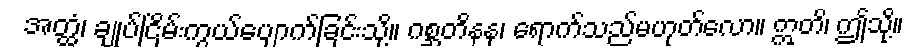
အတ္ထံ၊ ချုပ်ငြိမ်းကွယ်ပျောက်ခြင်းသို့။ ဂစ္ဆတိနနု၊ ရောက်သည်မဟုတ်လော။ ဣတိ၊ ဤသို့။